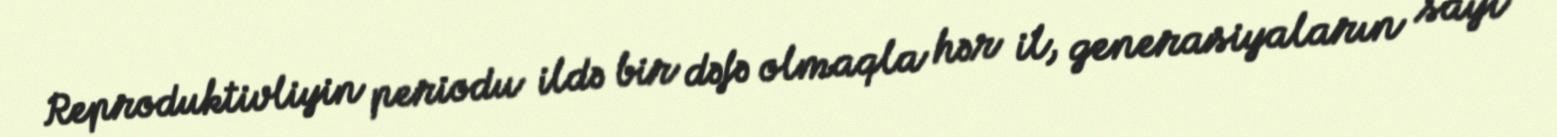
Reproduktivliyin periodu ildə bir dəfə olmaqla hər il, generasiyaların sayı